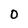
Character: 0